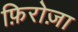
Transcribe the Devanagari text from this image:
फ़िरोज़ा